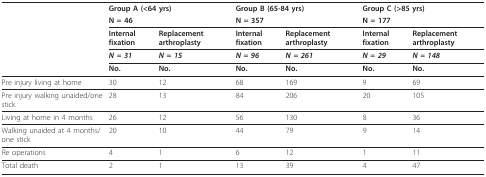
|  | <COLSPAN=2> Group A (<64 yrs) | <COLSPAN=2> Group B (65-84 yrs) | <COLSPAN=2> Group C (>85 yrs) |
 |  | <COLSPAN=2> N = 46 | <COLSPAN=2> N = 357 | <COLSPAN=2> N = 177 |
 |  | Internal fixation | Replacement arthroplasty | Internal fixation | Replacement arthroplasty | Internal fixation | Replacement arthroplasty |
 |  | N = 31 | N = 15 | N = 96 | N = 261 | N = 29 | N = 148 |
 |  | No. | No. | No. | No. | No. | No. |
 | --- | --- | --- | --- | --- | --- | --- |
 | Pre injury living at home | 30 | 12 | 68 | 169 | 9 | 69 |
 | Pre injury walking unaided/one stick | 28 | 13 | 84 | 206 | 20 | 105 |
 | Living at home in 4 months | 26 | 12 | 56 | 130 | 8 | 36 |
 | Walking unaided at 4 months/one stick | 20 | 10 | 44 | 79 | 9 | 14 |
 | Re operations | 4 | 1 | 6 | 12 | 1 | 11 |
 | Total death | 2 | 1 | 13 | 39 | 4 | 47 |